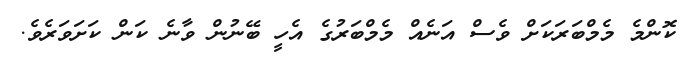
ކޮންމެ މެމްބަރަކަށް ވެސް އަނެއް މެމްބަރުގެ އެހީ ބޭނުން ވާނެ ކަން ކަށަވަރެވެ.